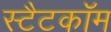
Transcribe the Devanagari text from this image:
स्टैटकॉम